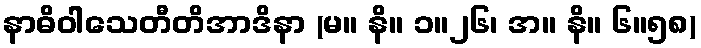
နာဓိဝါသေတီတိအာဒိနာ (မ။ နိ။ ၁။၂၆၊ အ။ နိ။ ၆။၅၈)